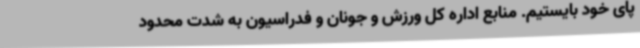
پای خود بایستیم. منابع اداره کل ورزش و جونان و فدراسیون به شدت محدود